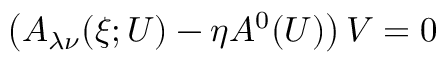
\begin{array} { r } { \left( A _ { \lambda \nu } ( \xi ; U ) - \eta A ^ { 0 } ( U ) \right) V = 0 } \end{array}